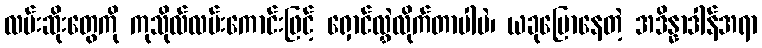
လမ်းဆိုးတွေကို ကုသိုလ်လမ်းကောင်းဖြင့် ရှောင်လွှဲလိုက်တာပါပဲ၊ ယခုပြောနေတဲ့ အဒိန္နာဒါန်အရာ